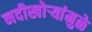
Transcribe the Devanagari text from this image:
नदीखोर्‍यांमुळे